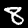
Label: 8